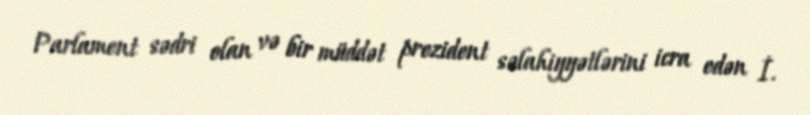
Parlament sədri olan və bir müddət prezident səlahiyyətlərini icra edən İ.